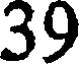
39